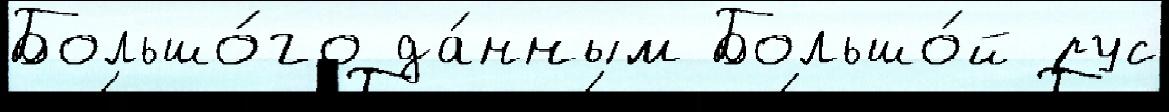
Большо́го да́нным Большо́й рус